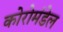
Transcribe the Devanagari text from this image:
कोरोमंडेल